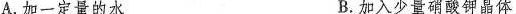
A.加一定量的水 B.加入少量硝酸钾晶体